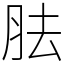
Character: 胠